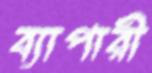
ব্যাপারী